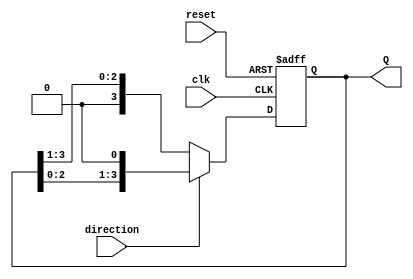
module Async_Shift_Counter (
    input wire clk,           // Clock signal
    input wire reset,         // Asynchronous reset signal
    input wire direction,     // Control signal for counting direction (1 for increment, 0 for decrement)
    output reg [n-1:0] Q      // Counter output (replace n with the desired bit-width)
);

// Define the width of the counter
parameter n = 4; // Number of bits for the counter, change as needed

// Asynchronous reset and shift on clock edge
always @(posedge clk or posedge reset) begin
    if (reset) begin
        Q <= 0; // Reset counter to zero
    end else begin
        if (direction) begin
            Q <= {Q[n-2:0], 1'b0}; // Shift left (insert 0 in LSB)
        end else begin
            Q <= {1'b0, Q[n-1:1]}; // Shift right (insert 0 in MSB)
        end
    end
end

endmodule